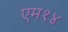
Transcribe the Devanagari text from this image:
एम१४